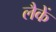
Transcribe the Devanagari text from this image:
लैकें